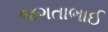
જગતાભાઈ